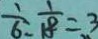
\frac { 1 } { 6 } : \frac { 1 } { 1 8 } = 3